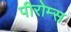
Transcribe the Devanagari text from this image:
पीरोम्स